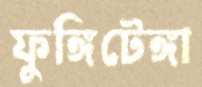
ফুঙ্গিটেঙ্গা